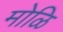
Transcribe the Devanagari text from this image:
मोळि